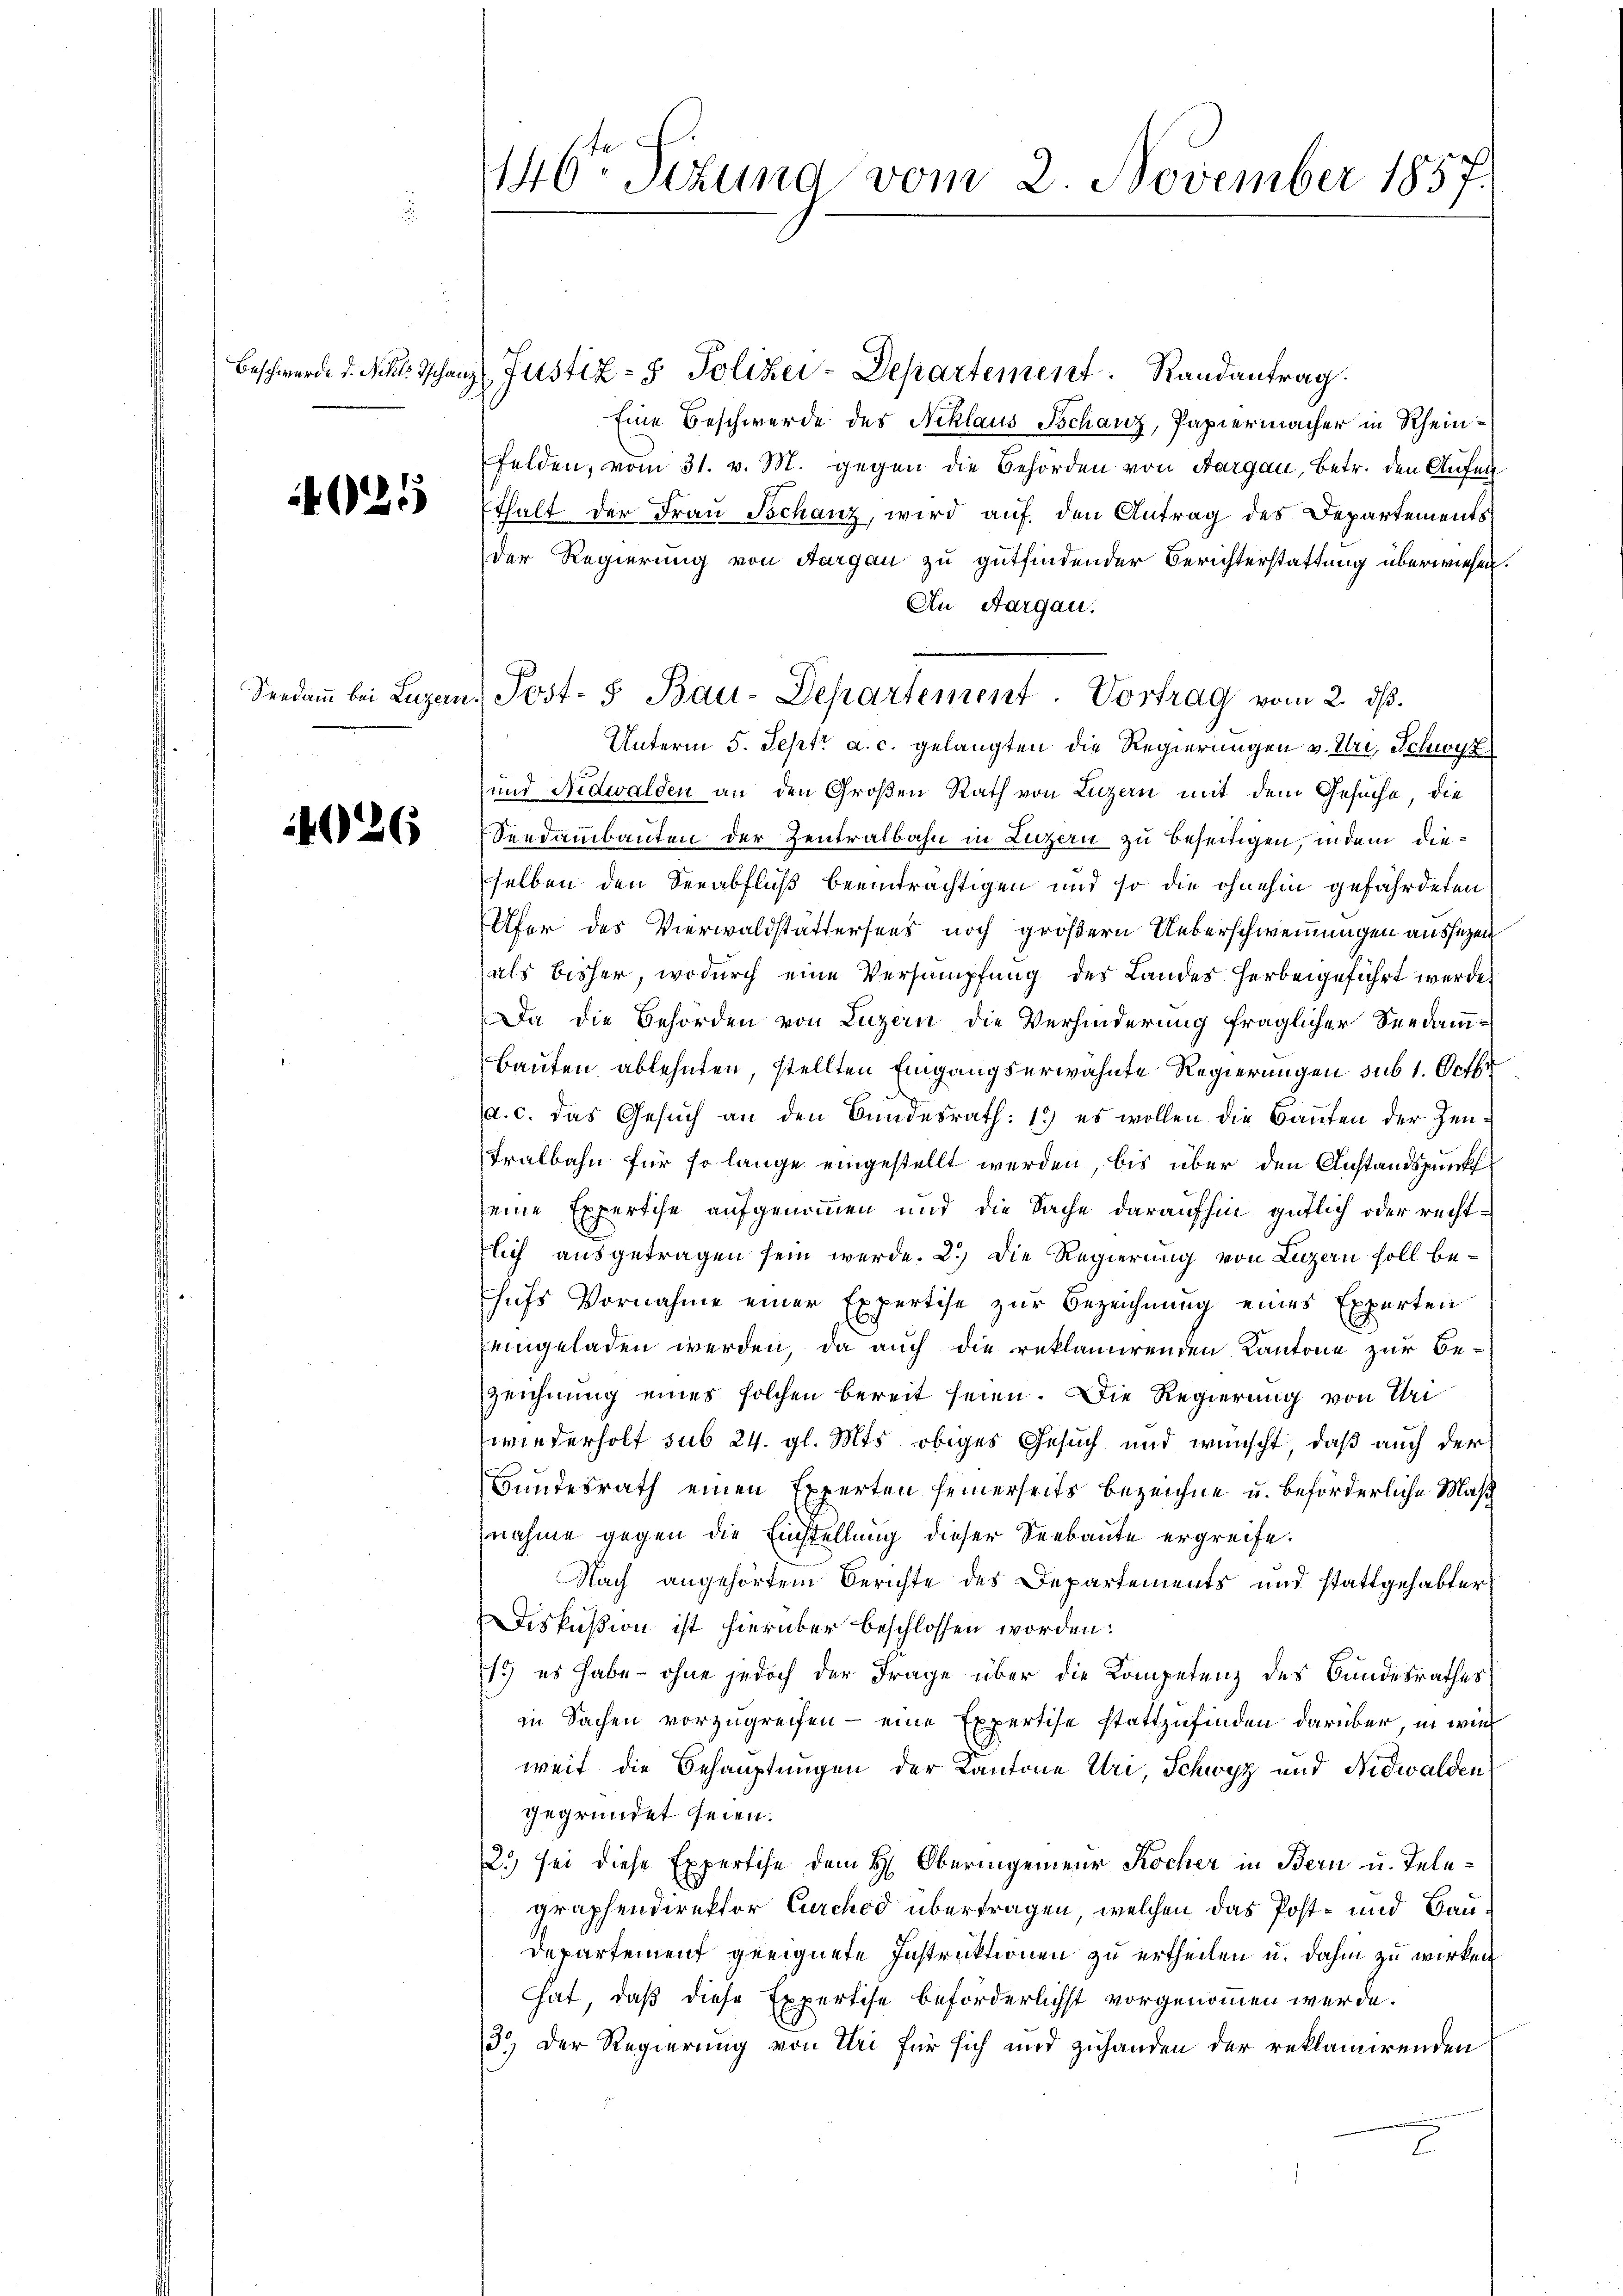
4025

026

146ten Sizung vom 2. November 1857.

Seedam bei Lugan. Post- & Bau-Departement. Vortrag vom 2. dβ.

Beschwerde d. Mehl. Schanz. Justiz- & Polizei-Departement. Randantrag.
Eine Beschwerde des Niklaus Tschanz, Papiermacher in Rheinfelden, vom 31. v. M. gegen die Behörden von Aargau, betr. den Aufen
Ethalt der Frau Schanz, wird auf den Antrag des Departements
der Regierung von Aargau zu gutfindender Berichterstattung überwiesen.
An Aargau.
Unterm 5. Sept. a. c. gelangten die Regierungen v. Uri, Schwyz
und Nidwalden an den Großen Rath von Luzern mit dem Gesuche, die
Seedambauten der Zentralbahn in Luzern zu beseitigen, indem dieselben den Seeabfluß beeinträchtigen und so die ohnehin gefährdeten
Ufer des Vierwaldstättersees noch größern Ueberschwemmungen aussezen
als bisher, wodurch eine Versumpfung des Landes herbeigeführt werde
Da die Behörden von Luzern die Verhinderung fraglicher Seedam¬
Bauten ablehnten, stellten Eingangserwähnte Regierungen sub 1. Octbr
a. c. das Gesŭch an den Bundesrath: 1) es wollen die Baŭten der Zeu-
Tralbahn für so lange eingestellt werden, bis über den Anstandspunkt
eine Expertise aufgenommen und die Sache daraufhin gütlich oder rechtlich ausgetragen sein werde. 2.) Die Regierung von Luzern soll behufs Vornahme einer Expertise zur Bezeichnung eines Experten
eingeladen werden, da auch die reklamirenden Kantone zur Bezeichnung eines solchen bereit seien. Die Regierung von Uri
wiederholt sub 24. gl. Mts obiges Gesuch und wünscht, daß auch der
Bundesrath einen Experten seinerseits bezeichne u. beförderliche Masch
nahme gegen die Einstellung dieser Seebaute ergreife.
Nach angehörtem Berichte des Departements und stattgehabter
Diskußion ist hierüber beschlossen worden:
1.) es habe - ohne jedoch der Frage über die Kompetenz des Bundesrathes
in Sachen vorzugreifen – eine Expertise stattzufinden darüber, in wie
weit die Behauptungen der Kantone Uri, Schwyz und Nidwalden
gegründet seien.
2.) sei diese Expertise dem H: Oberingenieur Kocher in Bern u. Telegraphendirektor Curchod übertragen, welchen das Post- und Bau¬
Departement geeignete Instruktionen zu ertheilen u. dahin zu wirken
hat, daß diese Expertise beförderlichst vorgenommen werde.
3) Der Regierung von Uri für sich und zuhanden der reklamirenden